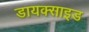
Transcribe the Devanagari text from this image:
डायक्साइड